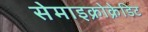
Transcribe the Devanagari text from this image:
सेमाइक्रोक्रेडिट